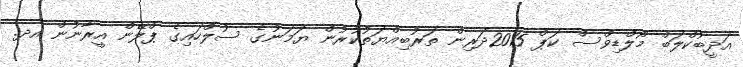
އަދީބުކްލަބް މޯލްޑިވްސް ކަޕް 2015ދަރިން ތަރުބިއްޔަތުކުރުން ޔަމަނުގެ ސުލްހައިގެ ޕްލޭން އީރާނުން އދ.